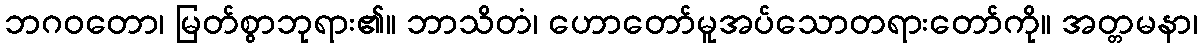
ဘဂဝတော၊ မြတ်စွာဘုရား၏။ ဘာသိတံ၊ ဟောတော်မူအပ်သောတရားတော်ကို။ အတ္တမနာ၊